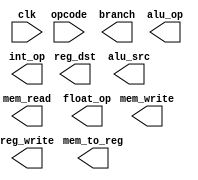

// decodes the current instruction and controls other hardware
module cpu_control(
	clk, opcode, reg_dst, branch, mem_read, mem_write, mem_to_reg, alu_op, alu_src, reg_write,
	int_op, float_op
);
	
	input clk;
	input wire [5:0] opcode;
		
	
	output reg_dst, branch, mem_read, mem_write, mem_to_reg, alu_op, alu_src, reg_write, int_op, float_op;
	
	always @ (posedge clk)
	begin
		case (opcode)
			0 : begin
			
			end
			2: begin // j
			
			end
			3: begin // jal
			
			end
			4: begin
			
			end
			
		
		endcase
	end

endmodule